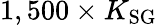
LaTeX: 1,500\times K_{\mathrm{SG}}